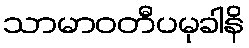
သာမာဝတီပမုခါနိ